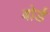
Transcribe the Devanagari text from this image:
बोर्ड